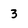
Character: 3